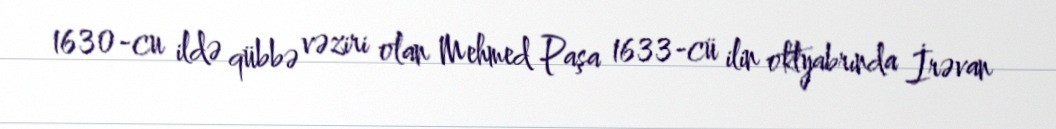
1630-cu ildə qübbə vəziri olan Mehmed Paşa 1633-cü ilin oktyabrında İrəvan